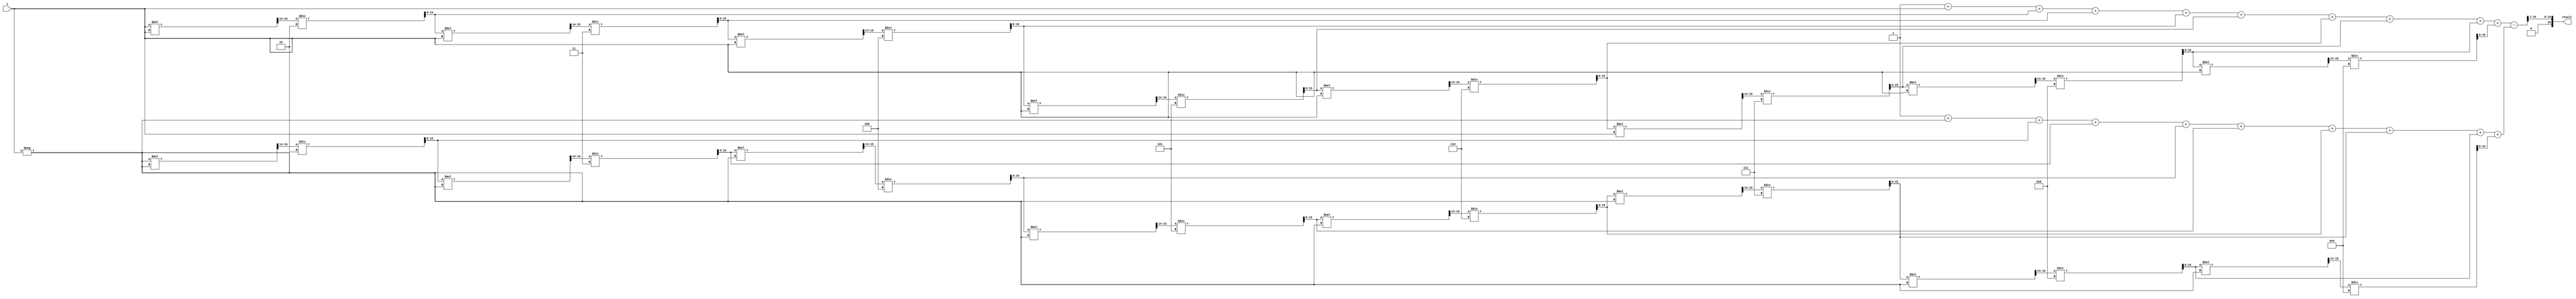
module sinh_arithmetic_block (
    input wire [15:0] x, // Input: Fixed-point representation of x
    output reg [15:0] result // Output: Fixed-point representation of sinh(x)
);

    // Constants for Taylor series expansion
    parameter [15:0] FACTOR_1 = 16'h4000; // 1/1! = 1.0 in fixed-point
    parameter [15:0] FACTOR_2 = 16'h2000; // 1/3! = 1/6 in fixed-point
    parameter [15:0] FACTOR_3 = 16'h0A00; // 1/5! = 1/120 in fixed-point
    parameter [15:0] FACTOR_4 = 16'h0280; // 1/7! = 1/5040 in fixed-point

    reg [15:0] exp_plus, exp_minus; // Intermediate variables for e^x and e^-x
    reg [15:0] exp_plus_minus; // e^x - e^-x

    // Calculate e^x using Taylor series approximation
    function [15:0] exp_taylor;
        input [15:0] x;
        reg [15:0] term;
        reg [15:0] sum;
        integer i;
        begin
            sum = 16'h0001; // Starting with 1 (0! term)
            term = x; // First term is x (1! term)
            for (i = 1; i < 10; i = i + 1) begin
                sum = sum + term; // Add the current term
                term = (term * x) >>> 14; // Calculate next term (x^n/n!)
                term = term / (i + 1); // Divide by (n+1)!
            end
            exp_taylor = sum;
        end
    endfunction

    // Calculate e^-x using Taylor series approximation
    function [15:0] exp_neg_taylor;
        input [15:0] x;
        reg [15:0] term;
        reg [15:0] sum;
        integer i;
        begin
            sum = 16'h0001; // Starting with 1 (0! term)
            term = -x; // First term is -x (1! term)
            for (i = 1; i < 10; i = i + 1) begin
                sum = sum + term; // Add the current term
                term = (term * -x) >>> 14; // Calculate next term (-x^n/n!)
                term = term / (i + 1); // Divide by (n+1)!
            end
            exp_neg_taylor = sum;
        end
    endfunction

    always @(*) begin
        // Calculate e^x and e^-x
        exp_plus = exp_taylor(x);
        exp_minus = exp_neg_taylor(x);

        // Compute e^x - e^-x
        exp_plus_minus = exp_plus - exp_minus;

        // Final result: sinh(x) = (e^x - e^-x) / 2
        result = exp_plus_minus >>> 1; // Divide by 2 (right shift by 1)
    end

endmodule